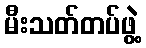
မီးသတ်တပ်ဖွဲ့